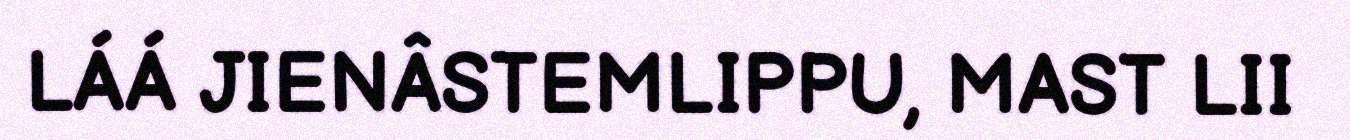
LÁÁ JIENÂSTEMLIPPU, MAST LII